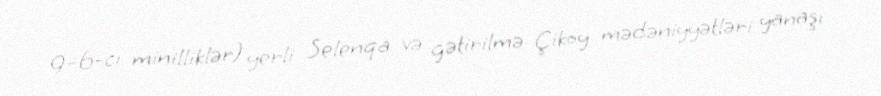
9–6-cı minilliklər) yerli Selenqa və gətirilmə Çikoy mədəniyyətləri yanaşı